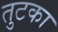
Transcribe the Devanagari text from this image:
तुटका